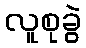
လူစုခွဲ